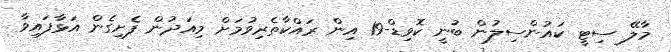
މާލޭ ސިޓީ ކައުންސިލުން ބުނީ ކޮވިޑް-19 އިން ރައްކާތެރިވުމަށް މިއަދުން ފެށިގެން އަޅާފައިވާ